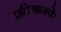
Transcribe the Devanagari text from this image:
प्रतिमानके